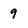
Character: 9